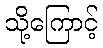
သို့ကြောင့်